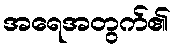
အရေအတွက်၏